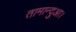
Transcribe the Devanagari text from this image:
तामान्दुआ।